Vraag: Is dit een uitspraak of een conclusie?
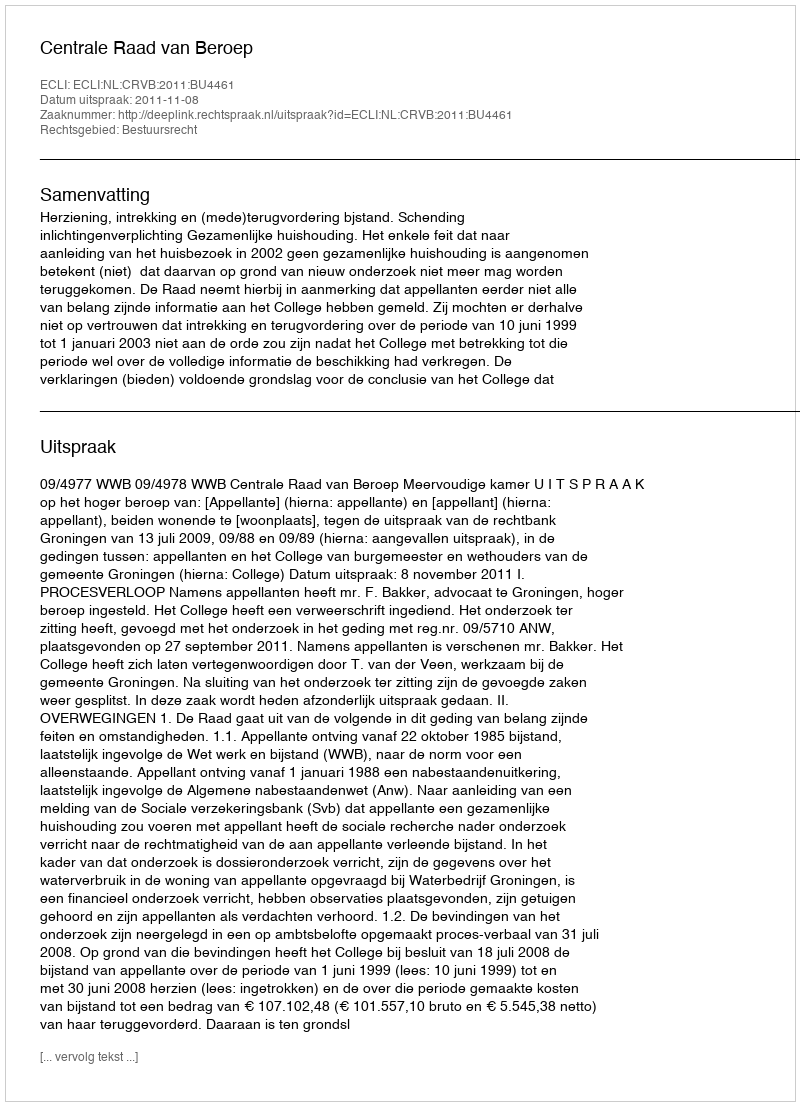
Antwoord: Uitspraak